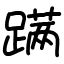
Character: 蹒